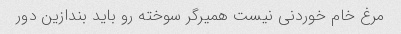
مرغ خام خوردنی نیست همیرگر سوخته رو باید بندازین دور